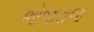
ભોજરાજ